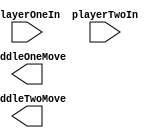
/*
*	UserInput 
*	Takes a pair of switches and creates a pair of outputs where one reg is 0 for down, 1 for up and the other is 0 for stop and 1 for moving.
*	
*	playerOneIn: [0] is up, [1] is down when true, if both is the same val then no move
*	playerTwoIn: [0] is up, [1] is down when true, if both is the same val then no move 
*
*	paddleOneMove: [0] 1 is move up and 0 is down, [1] is move when true.
*	paddleTwoMove: [0] 1 is move up and 0 is down, [1] is move when true. 
*/
module UserInput(playerOneIn, playerTwoIn, paddleOneMove, paddleTwoMove);
input wire [1:0] playerOneIn;
input wire [1:0] playerTwoIn;
output reg [1:0] paddleOneMove;
output reg [1:0] paddleTwoMove;
//TODO: write code
endmodule